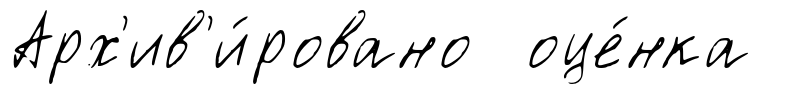
Арх'ив'и́ровано оце́нка